Report of the Indian Hemp Drugs Commission, 1894-1895 - Volume III
Year: 1894
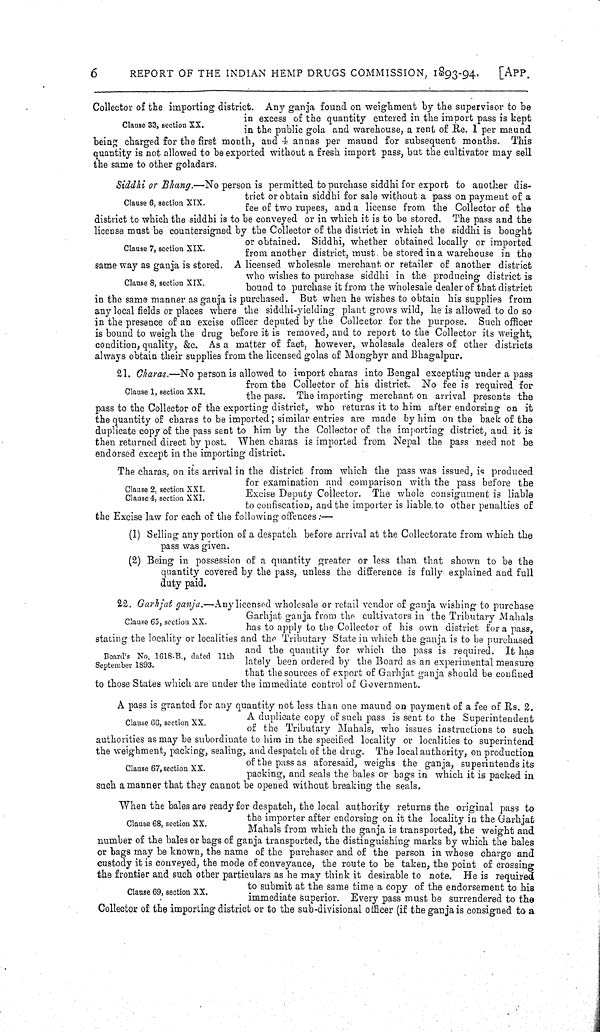
6
REPORT OF THE INDIAN HEMP DRUGS COMMISSION,
1893-94.
[APP.
Clause 33, section XX.
Collector of the importing district. Any ganja found on weighment by the supervisor to be
in excess of the quantity entered in the import pass is kept
in the public gola and warehouse, a rent of Re. 1 per maund
being charged for the first month, and 4 annas per maund for subsequent months. This
quantity is not allowed to be exported without a fresh import pass, but the cultivator may sell
the same to other goladars.
Clause 6, section XIX.
Clause 7, section XIX.
Clause 8, section XIX.
Siddhi or Bhang.—No person is permitted to purchase siddhi for export to another dis-
trict or obtain siddhi for sale without a pass on payment of a
fee of two rupees, and a license from the Collector of the
district to which the siddhi is to be conveyed or in which it is to be stored. The pass and the
license must be countersigned by the Collector of the district in which the siddhi is bought
or obtained. Siddhi, whether obtained locally or imported
from another district, must be stored in a warehouse in the
same way as ganja is stored. A licensed wholesale merchant or retailer of another district
who wishes to purchase siddhi in the producing district is
bound to purchase it from the wholesale dealer of that district
in the same manner as ganja is purchased. But when he wishes to obtain his supplies from
any local fields or places where the siddhi-yielding plant grows wild, he is allowed to do so
in the presence of an excise officer deputed by the Collector for the purpose. Such officer
is bound to weigh the drug before it is removed, and to report to the Collector its weight,
condition, quality, &c. As a matter of fact, however, wholesale dealers of other districts
always obtain their supplies from the licensed golas of Monghyr and Bhagalpur.
Clause 1, section XXI.
21. Charas.—No person is allowed to import charas into Bengal excepting under a pass
from the Collector of his district. No fee is required for
the pass. The importing merchant on arrival presents the
pass to the Collector of the exporting district, who returns it to him after endorsing on it
the quantity of charas to be imported; similar entries are made by him on the back of the
duplicate copy of the pass sent to him by the Collector of the importing district, and it is
then returned direct by post. When charas is imported from Nepal the pass need not be
endorsed except in the importing district.
Clause 2, section XXI.
Clause 4, section XXI.
The charas, on its arrival in the district from which the pass was issued, is produced
for examination and comparison with the pass before the
Excise Deputy Collector. The whole consignment is liable
to confiscation, and the importer is liable to other penalties of
the Excise law for each of the following offences:—
(1) Selling any portion of a despatch before arrival at the Collectorate from which the
pass was given.
(2) Being in possession of a quantity greater or less than that shown to be the
quantity covered by the pass, unless the difference is fully explained and full
duty paid.
Clause 65, section XX.
22. Garhjat ganja.—Any licensed wholesale or retail vendor of ganja wishing to purchase
Garhjat ganja from the cultivators in the Tributary Mahals
has to apply to the Collector of his own district for a pass,
stating the locality or localities and the Tributary State in which the ganja is to be purchased
and the quantity for which the pass is required. It has
lately been ordered by the Board as an experimental measure
that the sources of export of Garhjat ganja should be confined
to those States which are under the immediate control of Government.
Board's No. 1618-B., dated 11th
September 1893.
Clause 66, section XX.
Clause 67, section XX.
A pass is granted for any quantity not less than one maund on payment of a fee of Rs. 2.
A duplicate copy of such pass is sent to the Superintendent
of the Tributary Mahals, who issues instructions to such
authorities as may be subordinate to him in the specified locality or localities to superintend
the weighment, packing, sealing, and despatch of the drug. The local authority, on production
of the pass as aforesaid, weighs the ganja, superintends its
packing, and seals the bales or bags in which it is packed in
such a manner that they cannot be opened without breaking the seals.
Clause 68, section XX.
Clause 69, section XX.
When the bales are ready for despatch, the local authority returns the original pass to
the importer after endorsing on it the locality in the Garhjat
Mahals from which the ganja is transported, the weight and
number of the bales or bags of ganja transported, the distinguishing marks by which the bales
or bags may be known, the name of the purchaser and of the person in whose charge and
custody it is conveyed, the mode of conveyance, the route to be taken, the point of crossing
the frontier and such other particulars as he may think it desirable to note. He is required
to submit at the same time a copy of the endorsement to his
immediate superior. Every pass must be surrendered to the
Collector of the importing district or to the sub-divisional officer (if the ganja is consigned to a